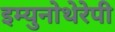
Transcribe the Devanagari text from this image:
इम्युनोथेरेपी